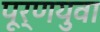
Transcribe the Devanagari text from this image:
पूर्णयुवा